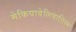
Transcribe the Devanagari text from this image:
मेकियावेलियानिस्म